Problem: 8 × 5 = ?
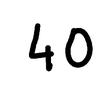
Handwritten answer: 40